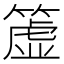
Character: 𥲤